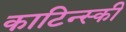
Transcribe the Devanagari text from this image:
काटिन्स्की